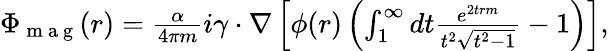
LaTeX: \begin{array}{r}{\Phi_{\mathrm{~m~a~g~}}(r)=\frac{\alpha}{4\pi m}i\mathbf{\gamma}\cdot\nabla\left[\phi(r)\left(\int_{1}^{\infty}dt\frac{e^{2trm}}{t^{2}\sqrt{t^{2}-1}}-1\right)\right],}\end{array}